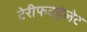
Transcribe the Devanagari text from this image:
टेरीफटहेलेट